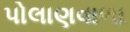
પોલાણવાળા